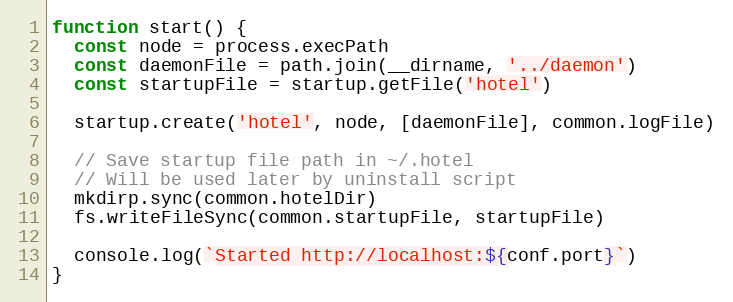
Language: JavaScript
function start() {
  const node = process.execPath
  const daemonFile = path.join(__dirname, '../daemon')
  const startupFile = startup.getFile('hotel')

  startup.create('hotel', node, [daemonFile], common.logFile)

  // Save startup file path in ~/.hotel
  // Will be used later by uninstall script
  mkdirp.sync(common.hotelDir)
  fs.writeFileSync(common.startupFile, startupFile)

  console.log(`Started http://localhost:${conf.port}`)
}